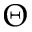
\Theta